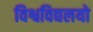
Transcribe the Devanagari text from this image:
विश्वविद्यलयो